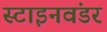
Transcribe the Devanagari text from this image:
स्टाइनवंडर